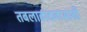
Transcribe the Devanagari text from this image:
तबलावादनासाठी